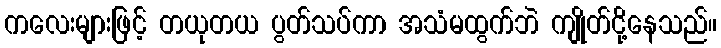
ကလေးများဖြင့် တယုတယ ပွတ်သပ်ကာ အသံမထွက်ဘဲ ကျိုတ်ငို့နေသည်။